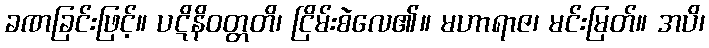
ခဏခြင်းဖြင့်။ ပဋိနိဝတ္တတိ၊ ငြိမ်းစဲလေ၏။ မဟာရာဇ၊ မင်းမြတ်။ အပိ၊